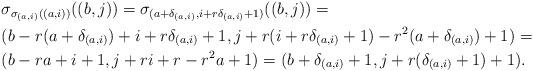
LaTeX: \begin{align*}&\sigma_{\sigma_{(a,i)}((a,i))}((b,j))=\sigma_{(a+\delta_{(a,i)},i+r\delta_{(a,i)}+1)}((b,j))=\\&(b-r(a+\delta_{(a,i)})+i+r\delta_{(a,i)}+1,j+r(i+r\delta_{(a,i)}+1)-r^2(a+\delta_{(a,i)})+1)=\\&(b-ra+i+1,j+ri+r-r^2a+1)=(b+\delta_{(a,i)}+1,j+r(\delta_{(a,i)}+1)+1).\end{align*}